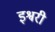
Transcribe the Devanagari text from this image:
इश्वरी